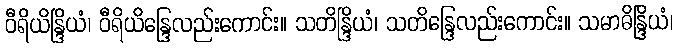
ဝီရိယိန္ဒြိယံ၊ ဝီရိယိန္ဒြေလည်းကောင်း။ သတိန္ဒြိယံ၊ သတိန္ဒြေလည်းကောင်း။ သမာဓိန္ဒြိယံ၊